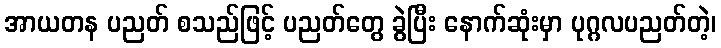
အာယတန ပညတ် စသည်ဖြင့် ပညတ်တွေ ခွဲပြီး နောက်ဆုံးမှာ ပုဂ္ဂလပညတ်တဲ့၊